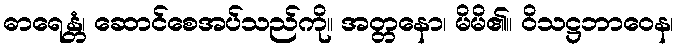
ဓာရေန္တံ၊ ဆောင်စေအပ်သည်ကို။ အတ္တနော၊ မိမိ၏။ ဝိသဋ္ဌဘာဝေန၊